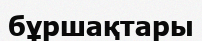
бұршақтары